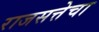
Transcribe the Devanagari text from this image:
राजसत्तेचा